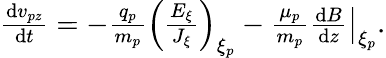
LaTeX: \begin{array}{r}{\frac{\mathrm{d}v_{pz}}{\mathrm{d}t}=-\frac{q_{p}}{m_{p}}\left(\frac{E_{\xi}}{J_{\xi}}\right)_{\xi_{p}}-\frac{\mu_{p}}{m_{p}}\left.\frac{\mathrm{d}B}{\mathrm{d}z}\right|_{\xi_{p}}.}\end{array}